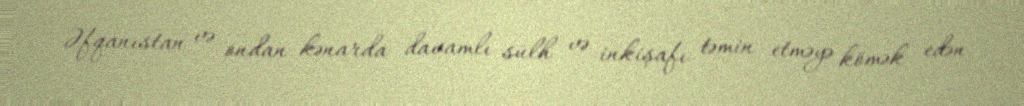
Əfqanıstan və ondan kənarda davamlı sülh və inkişafı təmin etməyə kömək edən